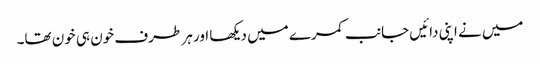
میں نے اپنی دائیں جانب کمرے میں دیکھا اور ہر طرف خون ہی خون تھا۔